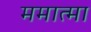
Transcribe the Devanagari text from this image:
ममात्मा